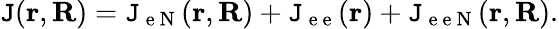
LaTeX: \mathtt{J}(\mathbf{{r}},\mathbf{{R}})=\mathtt{J}_{\mathrm{{~e~N~}}}(\mathbf{{r}},\mathbf{{R}})+\mathtt{J}_{\mathrm{{~e~e~}}}(\mathbf{{r}})+\mathtt{J}_{\mathrm{{~e~e~N~}}}(\mathbf{{r}},\mathbf{{R}}).